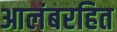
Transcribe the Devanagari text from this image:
आलंबरहित